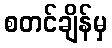
စတင်ချိန်မှ